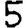
Digit: 5